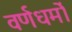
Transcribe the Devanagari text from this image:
वर्णधर्मों